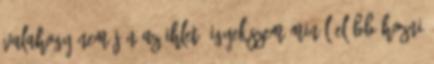
valahogy nem jön az ihlet. Igyekszem minél előbb hozni